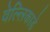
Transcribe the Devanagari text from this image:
वेल्लिकाडे